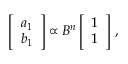
\left[ \begin{array} { l } { a _ { 1 } } \\ { b _ { 1 } } \end{array} \right] \propto B ^ { n } \left[ \begin{array} { l } { 1 } \\ { 1 } \end{array} \right] \, ,